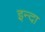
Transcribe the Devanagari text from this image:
इन्दा